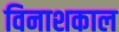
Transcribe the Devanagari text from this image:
विनाशकाल